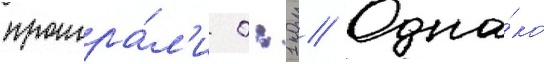
проигра́л'и 0:1 // Одна́ко